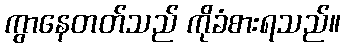
ကွာနေတတ်သည် ကိုခံစားရသည်။